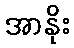
အာနိုး